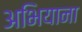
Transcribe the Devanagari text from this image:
अभियाना